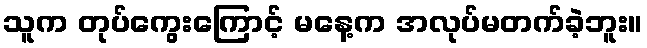
သူက တုပ်ကွေးကြောင့် မနေ့က အလုပ်မတက်ခဲ့ဘူး။